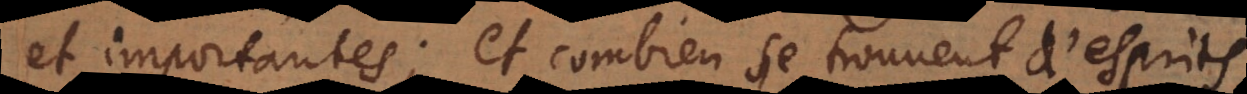
et importantes; et combien se trouvent d’esprits